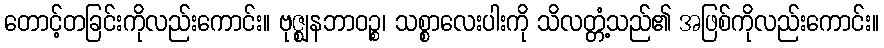
တောင့်တခြင်းကိုလည်းကောင်း။ ဗုဇ္ဈနဘာဝဉ္စ၊ သစ္စာလေးပါးကို သိလတ္တံ့သည်၏ အဖြစ်ကိုလည်းကောင်း။